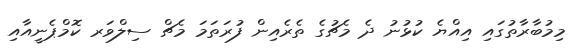
މިމުބާރާތުގައި އިއްޔެ ކުޅުނު ދެ މެޗުގެ ތެރެއިން ފުރަތަމަ މެޗް ސިލްވަރ ކޮމްޕެނީއާއި